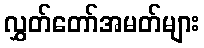
လွှတ်တော်အမတ်များ